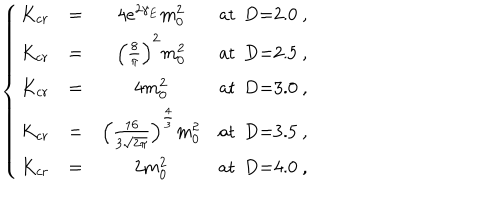
\left\{ \begin{array} { c c c c } { { K _ { c r } } } & { { = } } & { { 4 e ^ { 2 \gamma _ { E } } m _ { 0 } ^ { 2 } } } & { { \mathrm { a t ~ D = 2 . 0 ~ } , } } \\ { { K _ { c r } } } & { { = } } & { { \left( \frac { 8 } { \pi } \right) ^ { 2 } m _ { 0 } ^ { 2 } } } & { { \mathrm { a t ~ D = 2 . 5 ~ } , } } \\ { { K _ { c r } } } & { { = } } & { { 4 m _ { 0 } ^ { 2 } } } & { { \mathrm { a t ~ D = 3 . 0 ~ } , } } \\ { { K _ { c r } } } & { { = } } & { { \left( \frac { 1 6 } { 3 \sqrt { 2 \pi } } \right) ^ { \frac { 4 } { 3 } } m _ { 0 } ^ { 2 } } } & { { \mathrm { a t ~ D = 3 . 5 ~ } , } } \\ { { K _ { c r } } } & { { = } } & { { 2 m _ { 0 } ^ { 2 } } } & { { \mathrm { a t ~ D = 4 . 0 ~ } , } } \\ \end{array} \right.